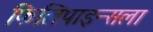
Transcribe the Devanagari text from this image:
फिलिपाइन्सला